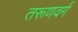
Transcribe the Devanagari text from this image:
तरूणवर्ग